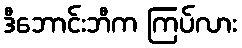
ဒီဘောင်းဘီက ကြပ်လား